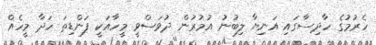
ހެރުމުގެ ހާދިސާގައި އަނިޔާ ލިބުނު އުމުރުން ދުވަސްވީ މީހާއަކީ ފަންޑިތަ ހަދާ މީހެއް